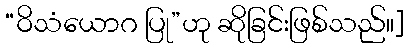
“ဝိသံယောဂ ပြု”ဟု ဆိုခြင်းဖြစ်သည်။]